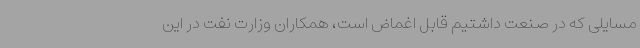
مسایلی که در صنعت داشتیم قابل اغماض است، همکاران وزارت نفت در این